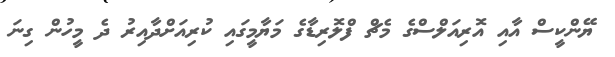
ޔޭންކީސް އާއި އޮރިއަލްސްގެ މެޗް ފްލޮރިޑާގެ މަޔާމީގައި ކުރިއަށްދާއިރު ދެ މީހުން ގިނަ